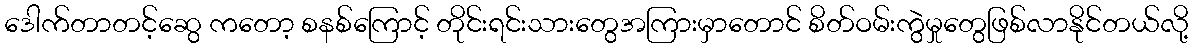
ဒေါက်တာတင့်ဆွေ ကတော့ စနစ်ကြောင့် တိုင်းရင်းသားတွေအကြားမှာတောင် စိတ်ဝမ်းကွဲမှုတွေဖြစ်လာနိုင်တယ်လို့